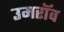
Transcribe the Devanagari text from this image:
उमरॉव